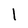
Character: l